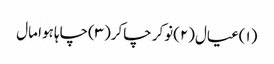
(۱)عیال(۲)نوکر چاکر(۳)چاہا ہوا مال